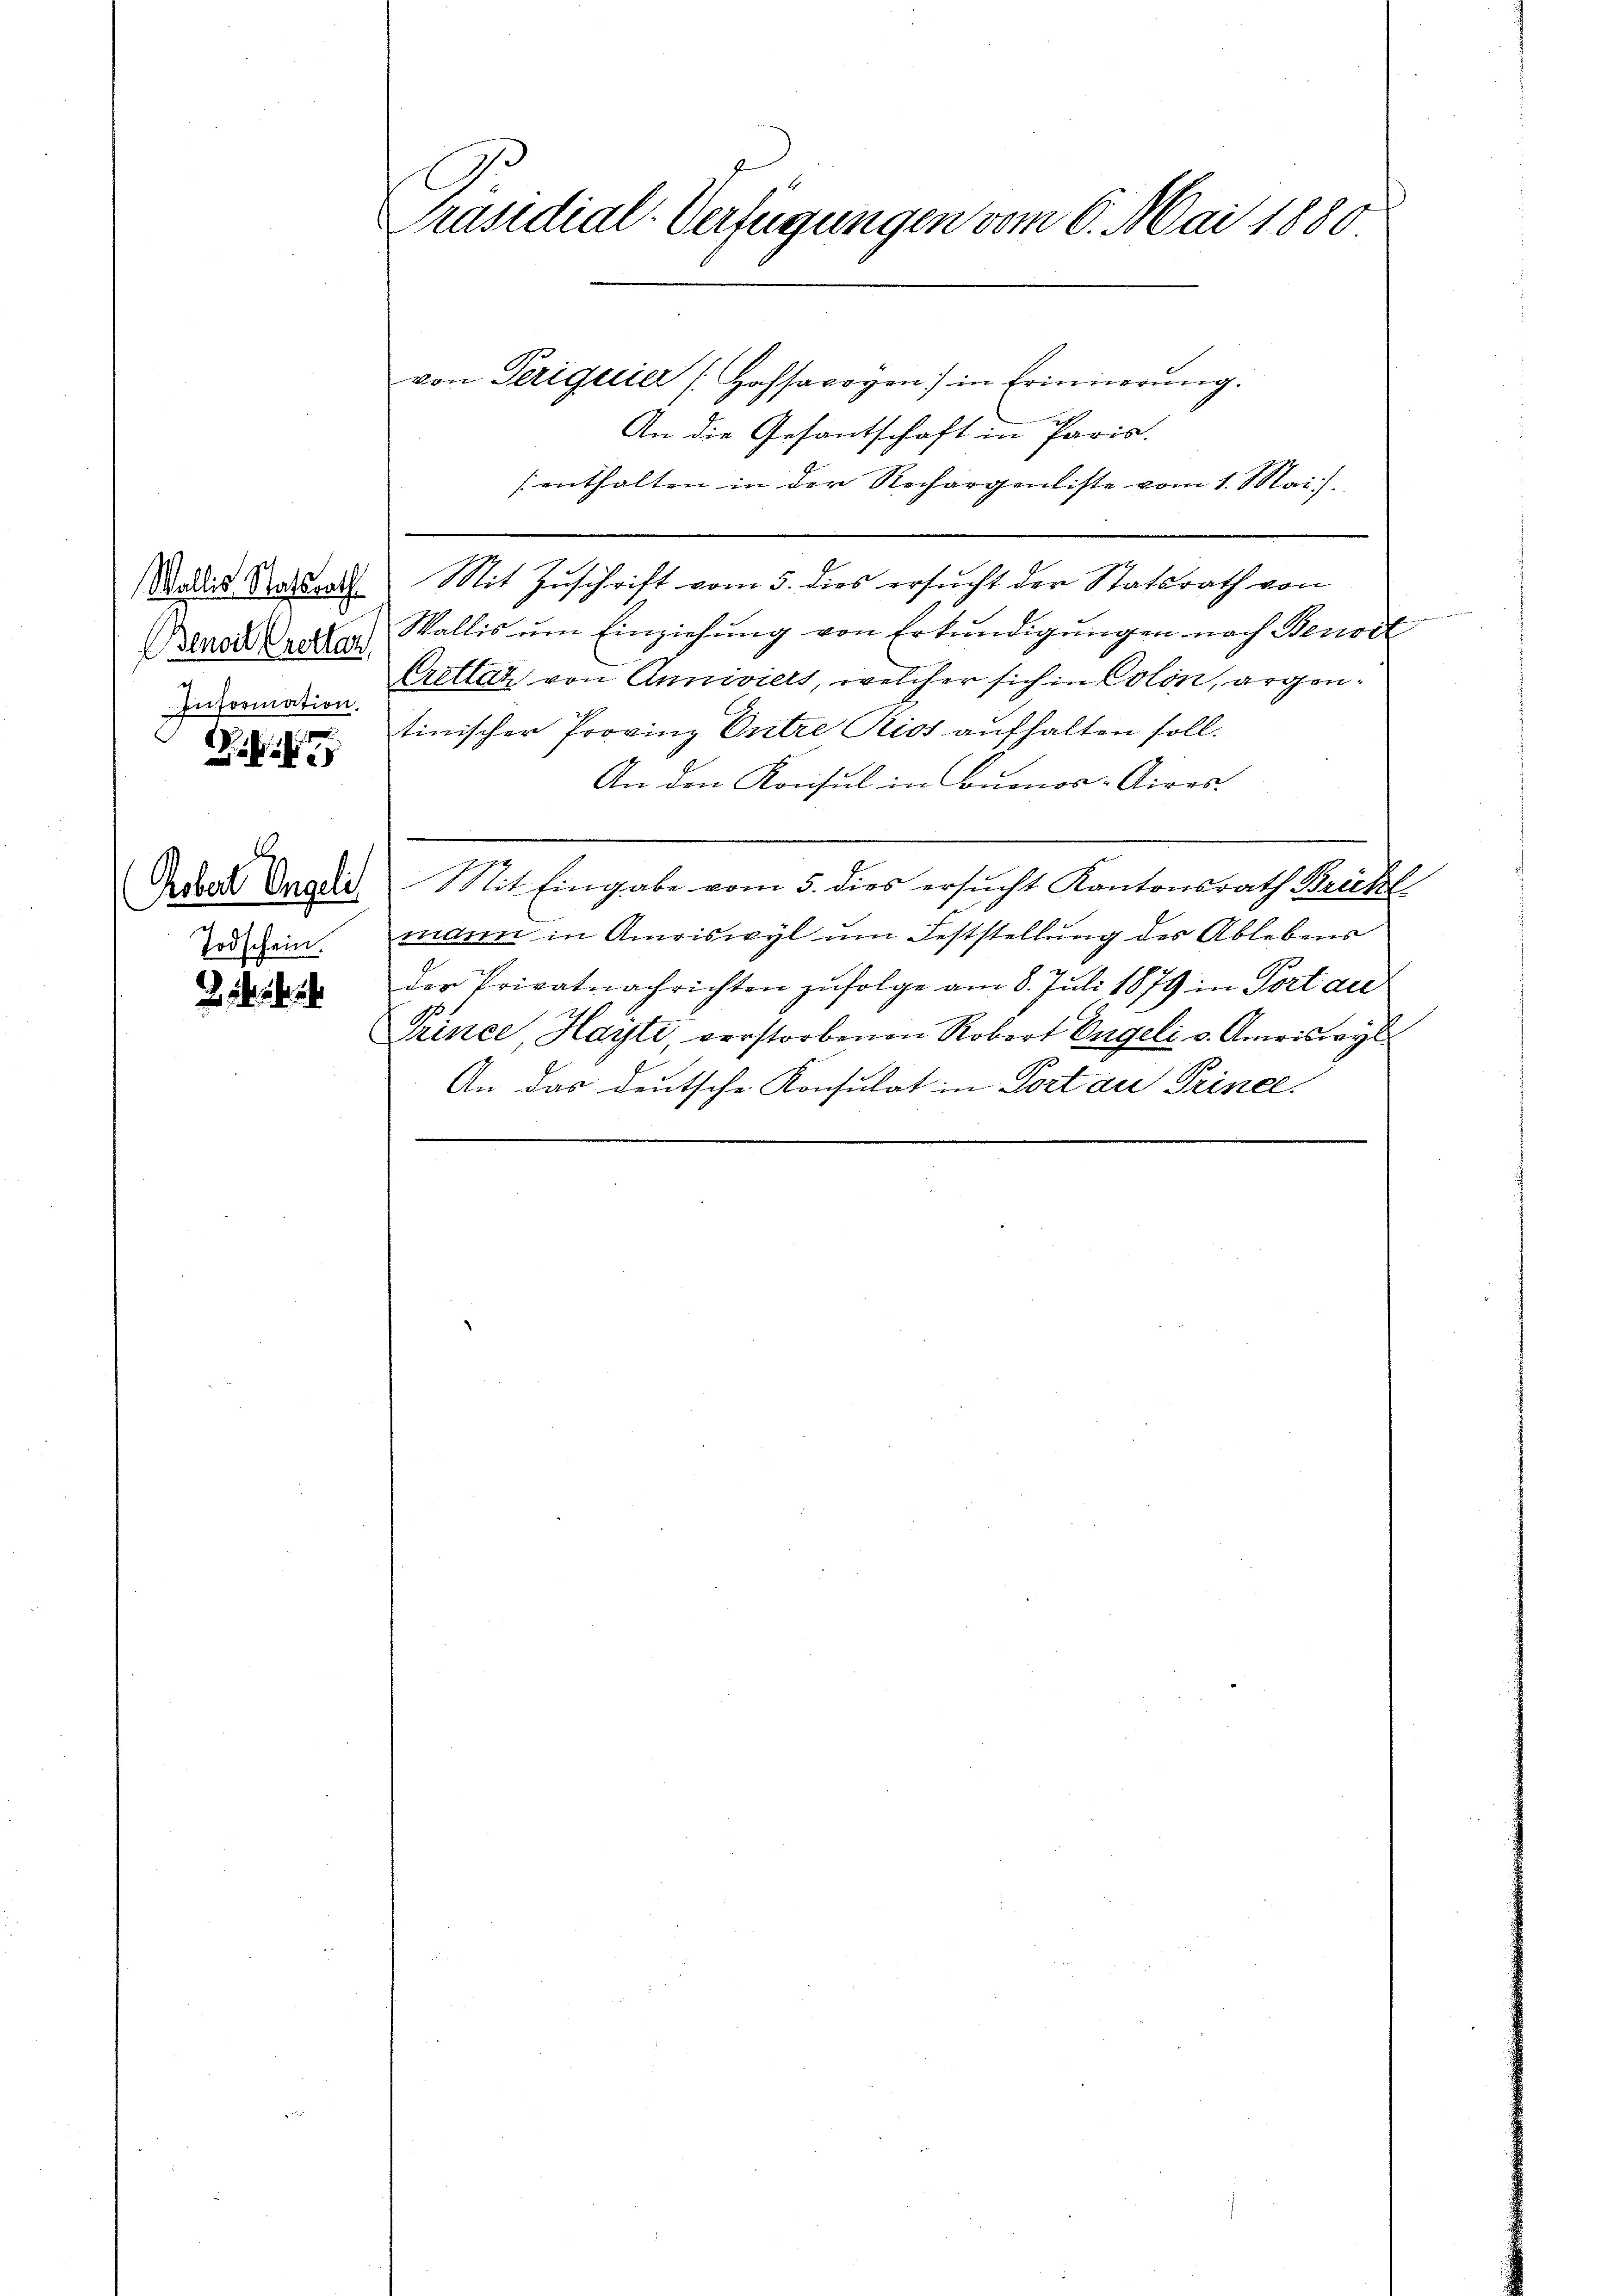
Wallis Statsrath
enoit rettan
Information.

e
d

Kobert Ongeli
Todschein.

Präsidial-Verfügungen vom 6. Mai 1880

von Teriquier (Hofsavoyen in Erinnerung.
u
An die Gesantschaft in Paris.
s enthalten in der Rechargenliste vom 1. Mai
Mit Zuschrift vom 5. dies ersucht der Statsrath von
Wallis um Einziehung von Erkundigungen nach Benoit
Grottat von Anniviers, welcher sich in Colon, argentinischer Provinz Entre Kios aufhalten soll.
An den Konsul in Buenos-Aires.
Mit Eingabe vom 5. dies ersucht Kantonsrath Brickl
mann in Amriswyl um Feststellung des Ablebens
der Privatnachrichten zufolge am 8. Juli 1879 in Port au
Prince, Hayti verstorbenen Robert Engeli v. Amriswyl
An das deutsche Konsulat in Dort au Prince

g